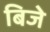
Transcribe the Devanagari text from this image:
बिजे